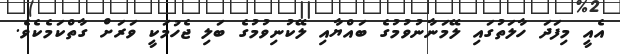
އެއީ މިފަދަ ހާލަތުގައި ލޭމަނާނުވުމުގެ ބައްޔާއި ލޭކުނިވުމުގެ ބަލި ޖެހުމަކީ ވަރަށް ގާތްކަމެކެވެ.